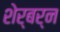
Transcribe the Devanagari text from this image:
शेर्बर्न